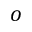
o